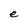
Character: e